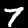
Label: 7